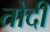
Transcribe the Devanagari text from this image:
तोदी